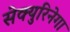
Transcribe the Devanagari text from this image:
सेक्युरिनेगा